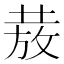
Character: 𭣺